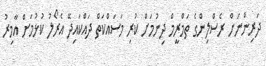
ދަރިންނަށް ރެސްލިންގެ ތަމްރީމް ދިނުމަށް ކުރި މަސައްކަތް ދައްކައިދޭ އެރޯލު ކުޅުމަށް އާމިރު